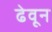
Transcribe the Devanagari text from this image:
ढेवून